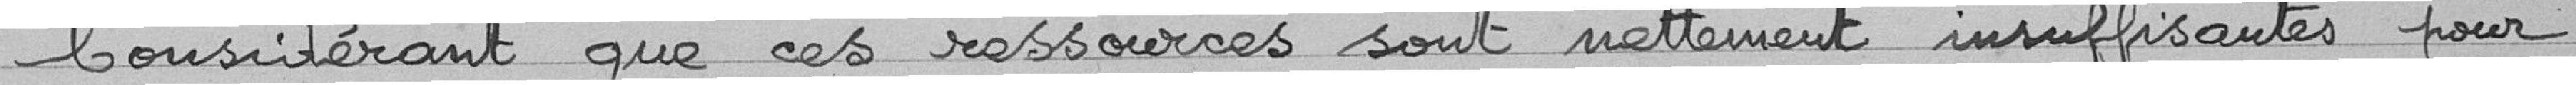
Considérant que ces ressources sont nettement insuffisantes pour